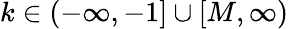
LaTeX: k\in(-\infty,-1]\cup[M,\infty)